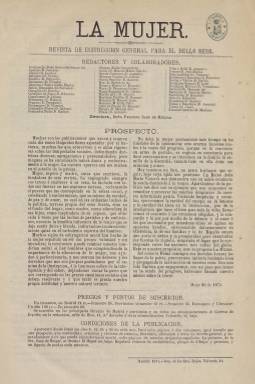
Título: La Mujer (Madrid. 1871)
Colección: Revistas femeninas
Ámbito geográfico: Madrid
Lugar de publicación: Madrid
Fechas: 21/05/1871-30/08/1871

Este periódico, nacido el año que se iniciaba la efímera monarquía parlamentaria de Amadeo de Saboya,  se proponía “propagar las ideas de progreso que han hecho de la mujer inglesa y norteamericana una mujer  fuerte, independiente, instruida y digna sin apartarse de los deberes que la encadenan al hogar por los lazos sagrados del amor y de la familia”.

   En el prospecto en el que anunciaba su salida, la publicación confesaba alejarse de la lucha política, terreno que dejaba a los hombres, para seguir los pasos de la Reina doña María Victoria, esposa de Amadeo. “Así como la Reina consagra sus desvelos a curar las llagas de la patria, procuremos imitarla haciendo bien y propagando la instrucción en nuestro sexo”.

   De periodicidad semana y de ocho páginas a dos columnas, la publicación incluía artículos de ciencia, literatura, educación y otros de interés general, además de novelas por entregas originales españolas. La primera, titulada ‘El hogar sin fuego’, era de la misma directora del periódico, Faustina Sáez de  Melgar. Una de las características de la publicación es que insertaba en su cabecera toda la nómina de redactores y colaboradores con los que contaba, que parecen numerosos para tan pocas páginas como tenía.

    Fundadora y directora de otras publicaciones anteriores, como La Violeta, en los últimos años del reinado de Isabel II, Faustina Sáez de Melgar,  que había empezado a publicar poemas en la prensa desde su juventud, consiguió el éxito con su novela ‘La pastora del Guadiela’ y fue una asidua colaboradora de la prensa de la época.

   Según la semblanza  que hace de ella Francisca García Jáñez en la biblioteca Virtual Miguel de Cervantes, Faustina Sáez de Melgar “acepta el rol de ‘ángel del hogar’ pero lo vive unido al desarrollo personal de la mujer”.

   Su lucha no era la igualdad de derechos con el hombre sino conseguir una mayor educación de la mujer para lograr ser respetada por el marido, poder instruir a los hijos y llevar la paz al hogar, sirviendo de elemento de encuentro y  armonía  en la lucha política.

   En un artículo de su primer número de 7 de junio de 1871, firmado por La Redacción, el periódico declara su propósito: “La Mujer, al reclamar modestamente un humilde puesto en el estadio de la prensa, saluda a todos sus colegas sin distinción de colores y les demanda por amor a España paz, armonía, concordia y fraternidad”.

    El último número que posee la BNE es el correspondiente al 30 de agosto y es muy posible que éste sea el último de la publicación porque apenas ha dejado rastro en la bibliografía de la historia del periodismo español. Lo más probable es que no consiguiera el número suficiente de suscriptores para mantenerse económicamente.

   Para contextualizar esta publicación, es preciso conocer que un año antes, en 1870, había sido fundada por el pedagogo e intelectual Fernando Castro la Asociación para la Enseñanza de la Mujer y que en el mismo año en que se publicó el periódico se examinó por primera vez una mujer en España para acceder a la enseñanza secundaria. El Instituto La Rábida (Huelva) guarda el examen de ingreso de las asignaturas de Latín y Castellano realizados por Antonia Arrobas a la edad de 13 años.

[Descripción publicada el 15/03/2019]